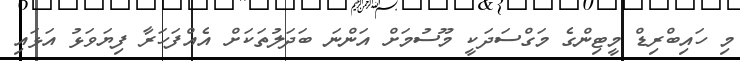
މި ހައިބްރިޑް މީޓިންގެ މަގްސަދަކީ މޫސުމަށް އަންނަ ބަދަލުތަކަށް އެއްފަހަރާ ފިޔަވަޅު އަޅައި